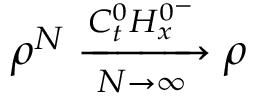
\rho ^ { N } \xrightarrow [ N \rightarrow \infty ] { C _ { t } ^ { 0 } H _ { x } ^ { 0 ^ { - } } } \rho